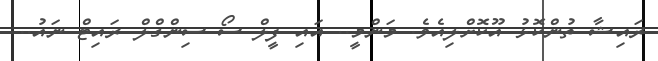
ރައިޝާ ތުންކޮޅު އޫކޮށްލިއެވެ. މަންމީ.. އައި ފީލް ސޯ ސިންގްލް ރައިޓް ނައު..